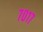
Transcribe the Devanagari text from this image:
७०१७